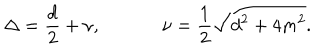
\Delta = { \frac { d } { 2 } } + \nu , ~ \nu = { \frac { 1 } { 2 } } \sqrt { d ^ { 2 } + 4 m ^ { 2 } } .